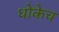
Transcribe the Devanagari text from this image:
धोकेच